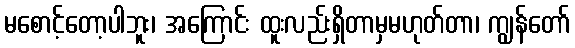
မစောင့်တော့ပါဘူး၊ အကြောင်း ထူးလည်းရှိတာမှမဟုတ်တာ၊ ကျွန်တော်